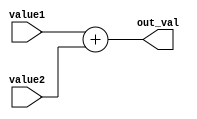
module Adder  #(parameter LEN = 32) ( 
	input [LEN-1:0] value1, 
	input [LEN-1:0] value2, 
	output [LEN-1:0] out_val
);
	assign out_val = value1 + value2;

endmodule